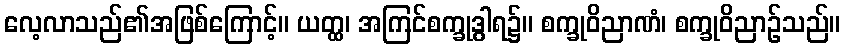
လေ့လာသည်၏အဖြစ်ကြောင့်။ ယတ္ထ၊ အကြင်စက္ခုဒွါရ၌။ စက္ခုဝိညာဏံ၊ စက္ခုဝိညာဉ်သည်။